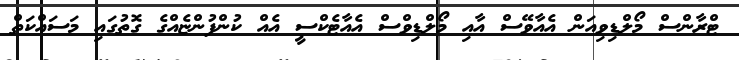
ޓްރާންސް މޯލްޑިވިއަން އެއާވޭސް އާއި މޯލްޑިވްސް އެއާޓެކްސީ އެއް ކުންފުންޏެއްގެ ގޮތުގައި މަސައްކަތް